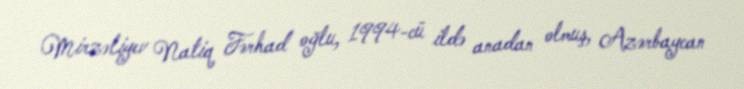
Mirzəliyev Natiq Fərhad oğlu, 1994-cü ildə anadan olmuş, Azərbaycan